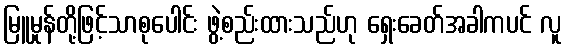
မြူမှုန်တို့ဖြင့်သာစုပေါင်း ဖွဲ့စည်းထားသည်ဟု ရှေးခေတ်အခါကပင် လူ